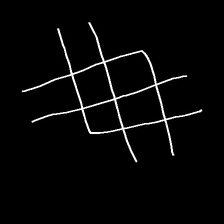
Glyph: crystal